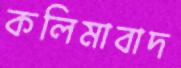
কলিমাবাদ